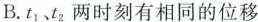
B.t_{1}、t_{2}两时刻有相同的位移